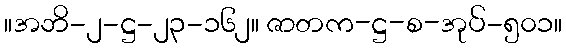
။အဘိ-၂-ဋ္ဌ-၂၃-၁၆၂။ ဇာတက-ဋ္ဌ-စ-အုပ်-၅၀၁။